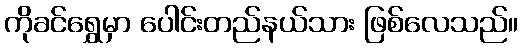
ကိုခင်ရွှေမှာ ပေါင်းတည်နယ်သား ဖြစ်လေသည်။